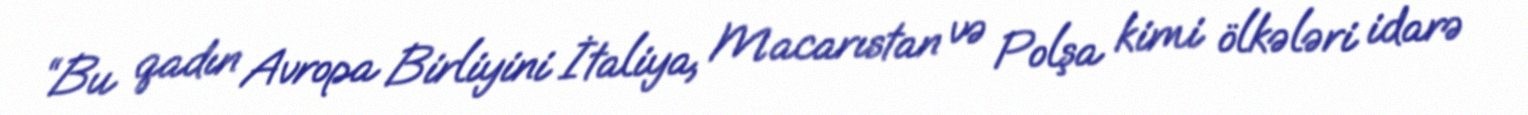
“Bu qadın Avropa Birliyini İtaliya, Macarıstan və Polşa kimi ölkələri idarə